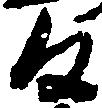
間